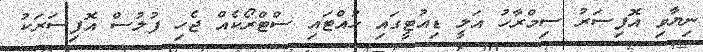
ނިޔާވި އޮފިސަރު ސިމްރާހު އަލީ ޑިއުޓީގައި ހުއްޓައި ސްޓްރޯކެއް ޖެހި ފުލުސް އޮފިސަރަކު